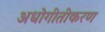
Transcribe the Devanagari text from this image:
अधोगीतीकरण